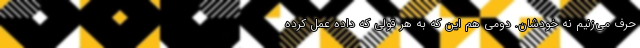
حرف می‌زنیم نه خودشان. دومی هم این که به هر قولی که داده عمل کرده